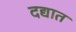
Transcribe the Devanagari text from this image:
दद्यात